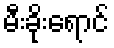
မီးခိုးရောင်